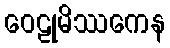
ဝေဠုမိဿကေန